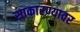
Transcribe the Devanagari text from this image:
साकारण्यावर